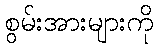
စွမ်းအားများကို